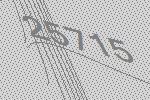
25715